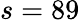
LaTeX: s=89